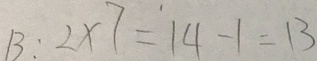
B : 2 \times 7 = 1 4 - 1 = 1 3